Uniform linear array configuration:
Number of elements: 12
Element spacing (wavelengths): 0.25
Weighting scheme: cosine
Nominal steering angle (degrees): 60
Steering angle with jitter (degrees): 61.856
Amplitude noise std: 0.05
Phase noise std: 0.05

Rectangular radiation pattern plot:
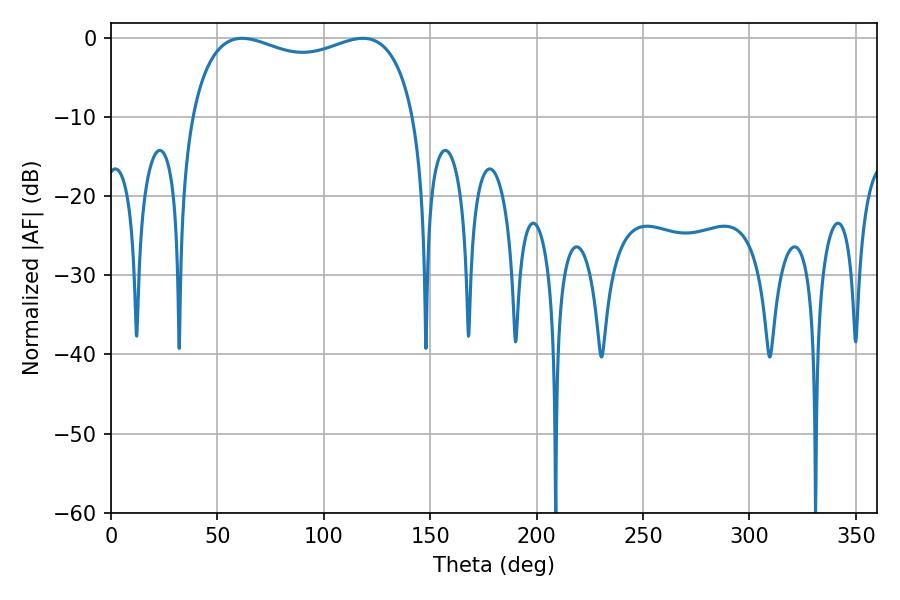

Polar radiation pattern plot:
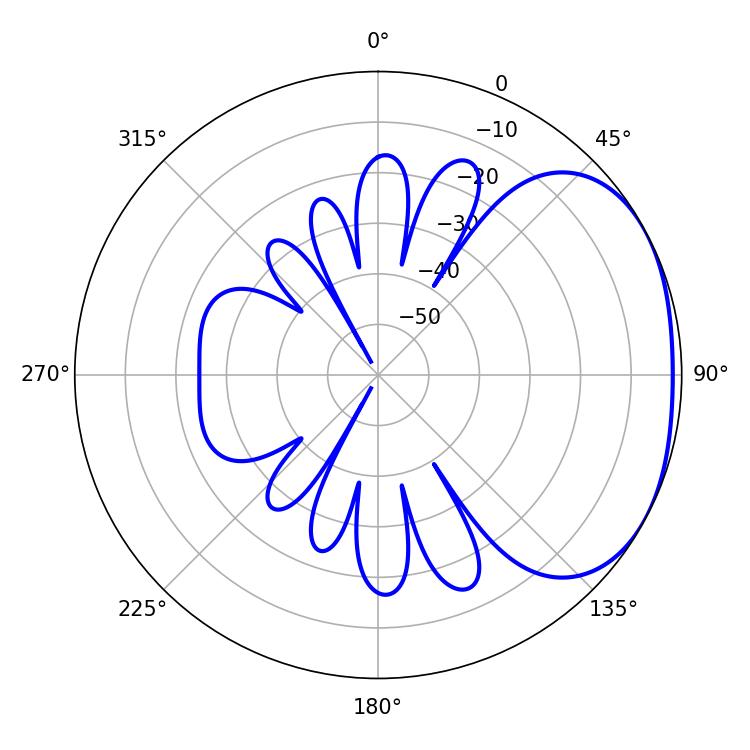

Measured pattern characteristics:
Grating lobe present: FALSE
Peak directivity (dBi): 2.269
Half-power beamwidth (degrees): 86.76
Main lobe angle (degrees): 61.56